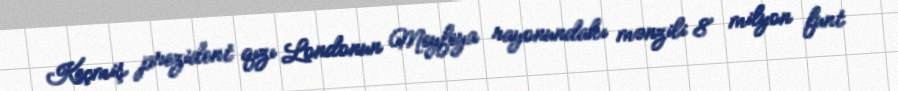
Keçmiş prezident qızı Londonun Meyfeya rayonundakı mənzili 8 milyon funt